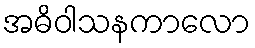
အဓိဝါသနကာလော